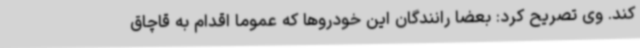
کند. وی تصریح کرد: بعضا رانندگان این خودروها که عموما اقدام به قاچاق